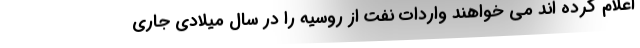
اعلام کرده اند می خواهند واردات نفت از روسیه را در سال میلادی جاری